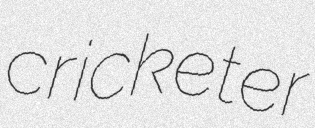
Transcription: cricketer